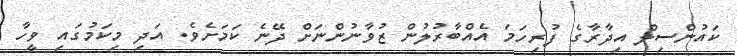
ކައުންސިލް އިދާރާގެ ފުރިހަމަ އެއްބާރުލުން ޒުވާނުންނަށް ދޭނެ ކަމަށެވެ. އަދި މިކަމުގައި ވީހާ